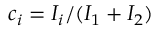
c _ { i } = I _ { i } / ( I _ { 1 } + I _ { 2 } )